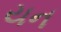
યન